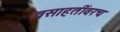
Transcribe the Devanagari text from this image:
वसाहतींवरच